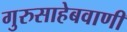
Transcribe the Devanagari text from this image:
गुरुसाहेबवाणी